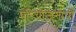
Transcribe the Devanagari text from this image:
परियोजनायों